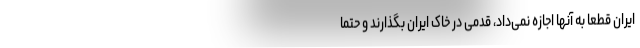
ایران قطعا به آنها اجازه نمی‌داد، قدمی در خاک ایران بگذارند و حتما